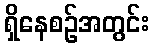
ရှိနေစဉ်အတွင်း